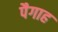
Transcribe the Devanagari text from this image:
पैगाह